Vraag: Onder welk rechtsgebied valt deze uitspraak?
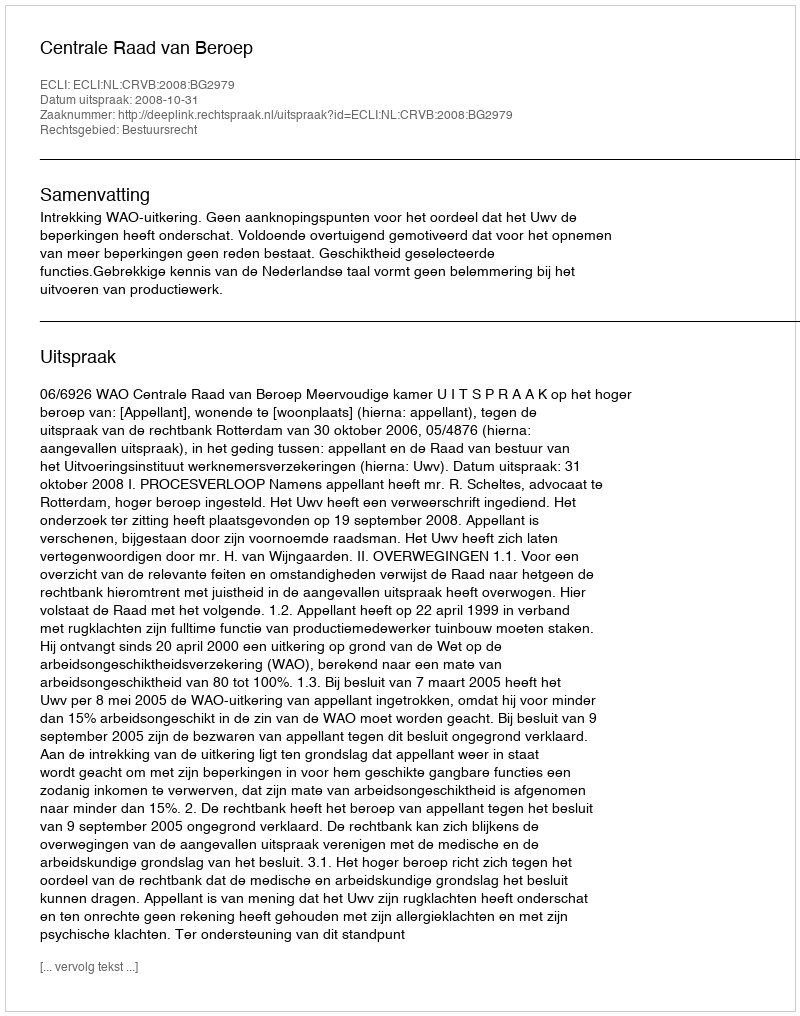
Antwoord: Bestuursrecht